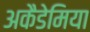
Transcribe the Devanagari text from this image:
अकैडेमिया